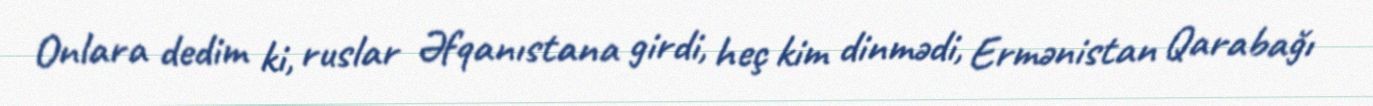
Onlara dedim ki, ruslar Əfqanıstana girdi, heç kim dinmədi, Ermənistan Qarabağı